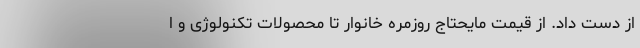
از دست داد. از قیمت مایحتاج روزمره خانوار تا محصولات تکنولوژی و ا